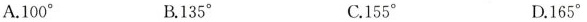
A.100 ^{\circ}B.135^{\circ} C.155^{\circ} D.165^{\circ}